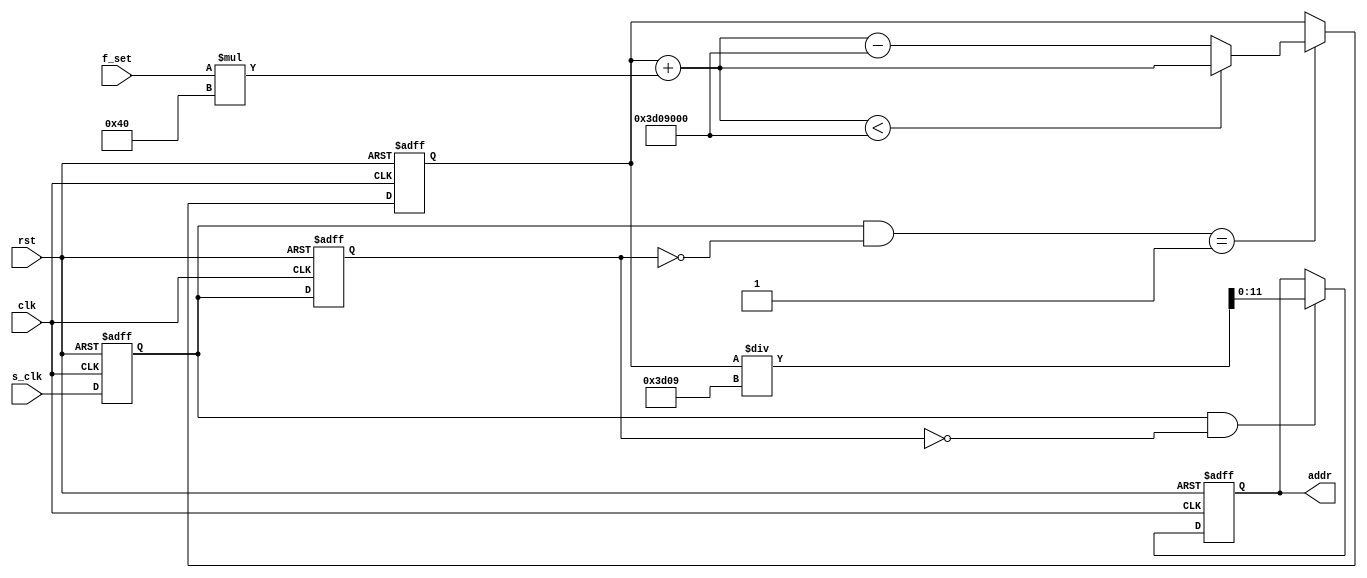
module addr_gen
(
    input           clk     ,
    input           s_clk   ,
    input           rst     ,
    input   [18:0]  f_set   ,

    output  [11:0]  addr      
);

	reg	 			pl0;
	reg				pl1;
    reg		[11:0]	addr_r;
	reg  	[25:0]	cnt_bas;
	wire 	[25:0]	cnt_in;
	wire 	[25:0]	cnt_df;

	wire 	[24:0]	f_din;

	assign f_din = f_set * 64;		// 1 ~ 50KHz

	//two registers to detect rsing clock
	always @ (posedge clk, negedge rst) begin
		if (!rst) begin
			pl0 <= 0;
			pl1 <= 0;
		end 
		else begin
			pl0 <= s_clk;
			pl1 <= pl0;
		end
	end

	assign cnt_df = cnt_bas + f_din;
	
	always @ (posedge clk, negedge rst) begin
		if (!rst) begin
			cnt_bas <= 0;
		end
		else if ((pl0 & ~pl1) == 1) begin
			if (cnt_df < 26'd64000000)
				cnt_bas <= cnt_df;
			else
				cnt_bas <= cnt_df - 26'd64000000;
		end
	end

	assign cnt_in = (cnt_bas / 26'd15625);

	always @ (posedge clk, negedge rst) begin
			if (!rst)
				addr_r <= 12'd0;
			else if ((pl0 & ~pl1) == 1'b1) begin		//rising clock
				addr_r <= cnt_in[11:0];

			end
	end

	assign addr = addr_r;

endmodule